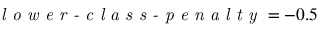
\textit { l o w e r - c l a s s - p e n a l t y } = - 0 . 5